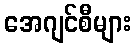
အေဂျင်စီများ